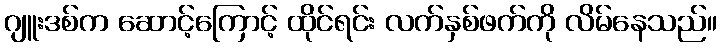
ဂျူးဒစ်က ဆောင့်ကြောင့် ထိုင်ရင်း လက်နှစ်ဖက်ကို လိမ်နေသည်။